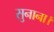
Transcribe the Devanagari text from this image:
सुनाना।